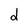
Character: d